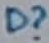
Text: D?